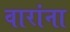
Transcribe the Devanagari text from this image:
वारांना